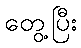
တွေ့ပြီး